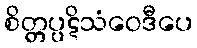
စိတ္တပ္ပဋိသံဝေဒီပေ